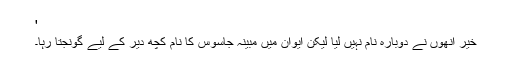
'
خیر انھوں نے دوبارہ نام نہیں لیا لیکن ایوان میں مبینہ جاسوس کا نام کچھ دیر کے لیے گونجتا رہا۔